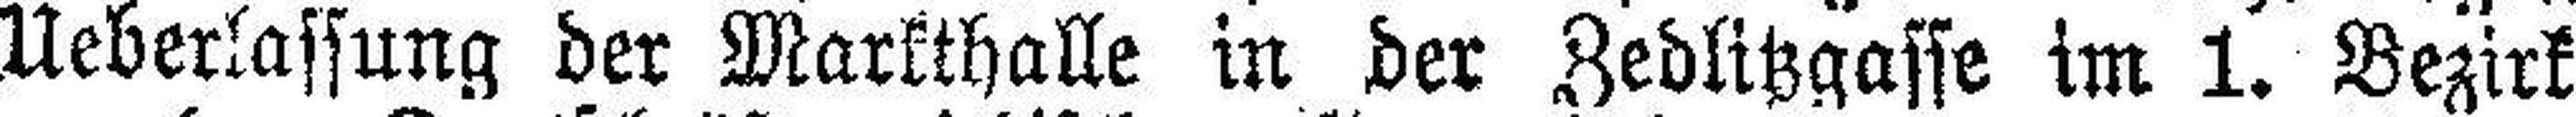
Ueberlassung der Markthalle in der Zedlitzgasse im 1. Bezirk